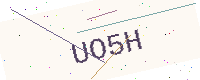
Text: UO5H